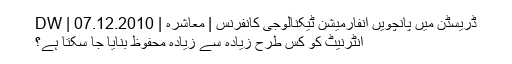
ڈریسڈن میں پانچویں انفارمیشن ٹیکنالوجی کانفرنس | معاشرہ | DW | 07.12.2010
انٹرنیٹ کو کس طرح زیادہ سے زیادہ محفوظ بنایا جا سکتا ہے؟